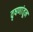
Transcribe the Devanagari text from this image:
वृषणांतून